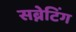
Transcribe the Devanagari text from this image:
सब्नेटिंग